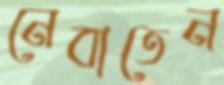
নেবাতেন